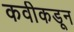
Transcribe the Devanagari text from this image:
कवीकडून